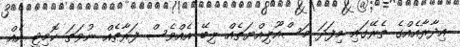
އިދާރާއެއްގެ ތެރޭގައި މިފަދަ މަސްއޫލިއްޔަތެއް ލިބޭ އެއްވެސް ފަރާތެއް ނުވަތަ ކޮމިޓީ އެއް